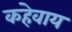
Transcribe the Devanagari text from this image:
कहेवाय